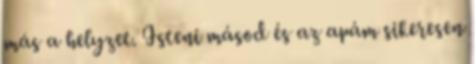
más a helyzet. Isteni másod és az apám sikeresen